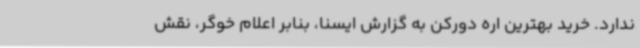
ندارد. خرید بهترین اره دورکن به گزارش ایسنا، بنابر اعلام خوگر، نقش